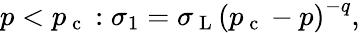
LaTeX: p<p_{\mathrm{~c~}}:\sigma_{1}=\sigma_{\mathrm{~L~}}\left(p_{\mathrm{~c~}}-p\right)^{-q},